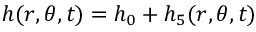
h ( r , \theta , t ) = h _ { 0 } + h _ { 5 } ( r , \theta , t )